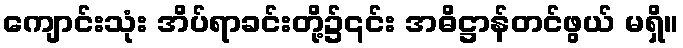
ကျောင်းသုံး အိပ်ရာခင်းတို့၌၎င်း အဓိဋ္ဌာန်တင်ဖွယ် မရှိ။